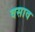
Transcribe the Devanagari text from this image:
वसाव